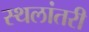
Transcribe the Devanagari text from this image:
स्थलांतरी